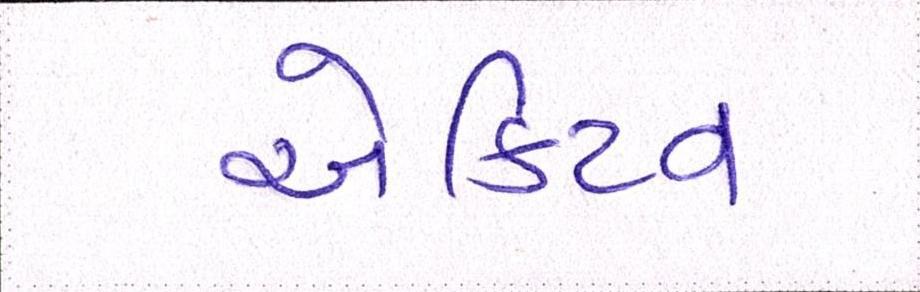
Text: એક્ટિવ